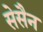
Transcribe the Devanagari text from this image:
सेसैन